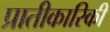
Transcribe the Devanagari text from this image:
प्रातीकारिकी